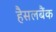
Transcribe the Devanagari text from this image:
हैसलबैंक